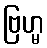
ဗြဟ္မ